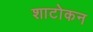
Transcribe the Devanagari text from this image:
शाटोकन